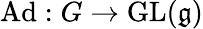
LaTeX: \operatorname{Ad}:G\to\operatorname{GL}({\mathfrak{g}})